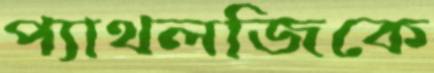
প্যাথলজিকে